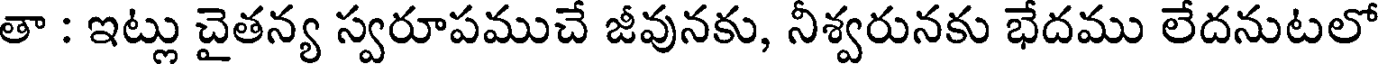
తా : ఇట్లు చైతన్య స్వరూపముచే జీవునకు, నీశ్వరునకు భేదము లేదనుటలో